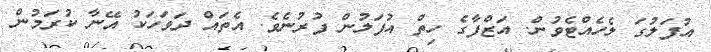
އުފަލުގަ ލެހެއްޓެވުން. އަޒްފާގެ ހިތް އުފަލުން ފުރުނެވެ. އެތައް ދަވަހަކު އޭނާ ކުރަމުން